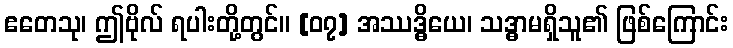
ဧတေသု၊ ဤဗိုလ် ရပါးတို့တွင်။ [၀၇] အဿဒ္ဓိယေ၊ သဒ္ဓာမရှိသူ၏ ဖြစ်ကြောင်း